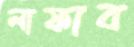
লাফাব